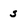
Character: s